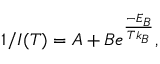
1 / I ( T ) = A + B e ^ { \frac { - E _ { B } } { T k _ { B } } } ,